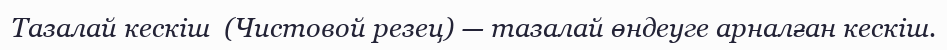
Тазалай кескіш  (Чистовой резец) — тазалай өндеуге арналған кескіш.